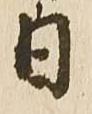
日